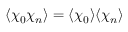
\langle \chi _ { 0 } \chi _ { n } \rangle = \langle \chi _ { 0 } \rangle \langle \chi _ { n } \rangle